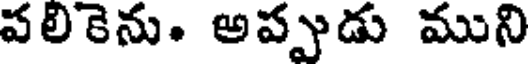
పలికెను. అప్పుడు ముని